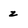
Character: z